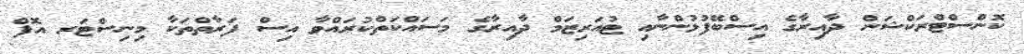
ކޮންސްޓްރަކްޝަން ދާއިރާގެ އިސްބޭފުޅުންނާއި ޓުއަރިޒަމް ދާއިރާގެ މަސައްކަތްކުރައްވާ އިސް ފަރާތްތަކާ މިނިސްޓަރ އޮފް